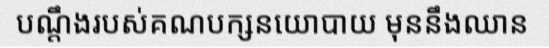
បណ្តឹងរបស់គណបក្សនយោបាយ មុននឹងឈាន